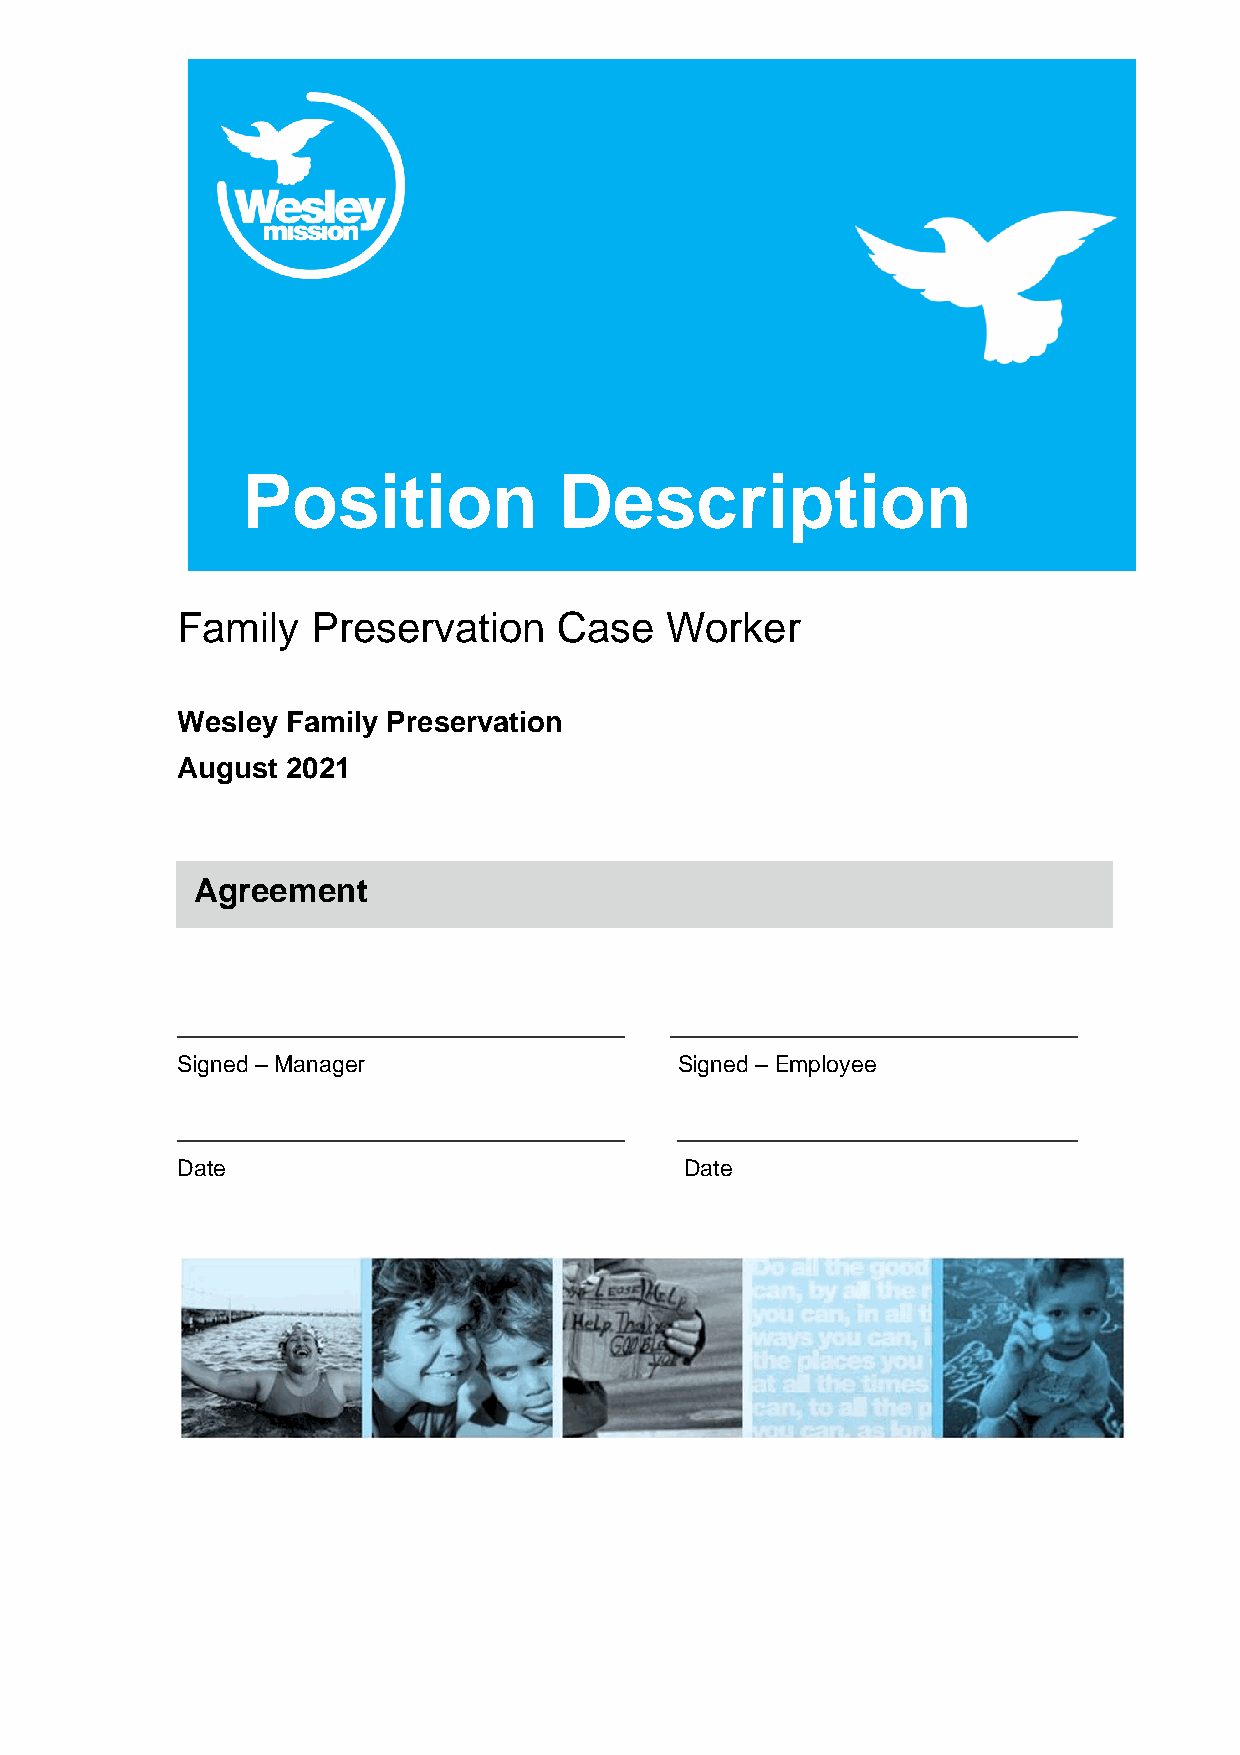
Position             Description
 Family   Preservation    Case   Worker
 Wesley Family Preservation
 August 2021
 Agreement
 Signed – Manager                 Signed – Employee
 Date                             Date